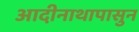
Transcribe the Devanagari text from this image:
आदीनाथापासुन